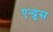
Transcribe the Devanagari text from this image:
एन्द्रुस